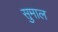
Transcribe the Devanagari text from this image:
सुमाल